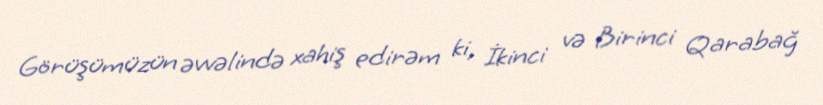
Görüşümüzün əvvəlində xahiş edirəm ki, İkinci və Birinci Qarabağ